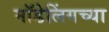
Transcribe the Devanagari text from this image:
मॉडेलिंगच्या